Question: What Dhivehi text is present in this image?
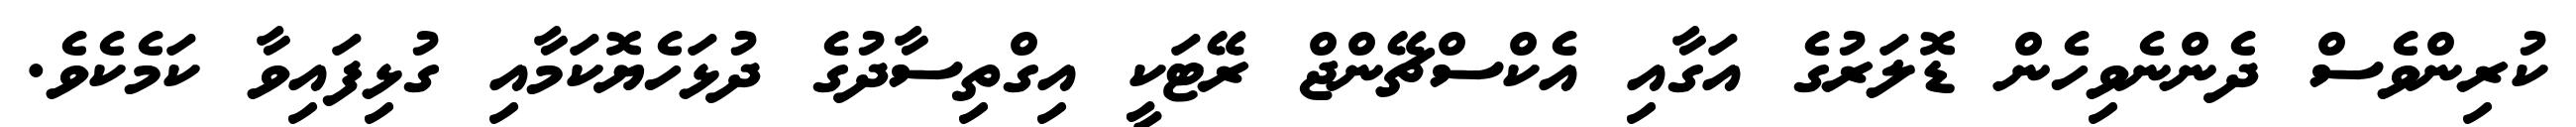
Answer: ކުރިންވެސް ދެންނެވިހެން ޑޮލަރުގެ އަގާއި އެކްސްޗޭންޖް ރޭޓަކީ އިގްތިސާދުގެ ދުޅަހެޔޮކަމާއި ގުޅިފައިވާ ކަމެކެވެ.